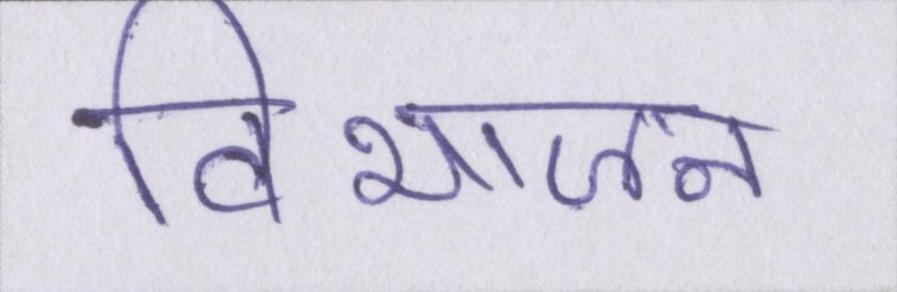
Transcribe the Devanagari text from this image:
विभाजन